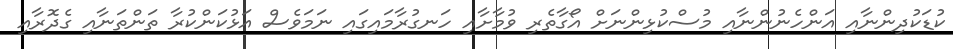
ކުޑަކުދިންނާއި އަންހެނުންނާއި މުސްކުޅިންނަށް އޯގާތެރި ވުމާށާއި ހަނގުރާމައިގައި ނަމަވެސް އަޅުކަންކުރާ ތަންތަނާއި ގެދޮރާއި